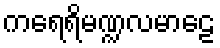
ကရေရိမဏ္ဍလမာဠေ